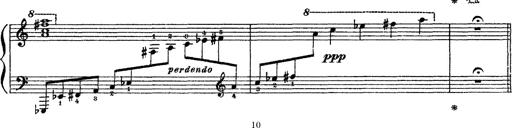
Title: Sarabande und Chaconne aus dem Singspiel
Composer: Franz Liszt